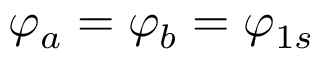
\varphi _ { a } = \varphi _ { b } = \varphi _ { 1 s }